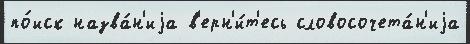
по́иск назва́н'иjа в'ерн'и́т'есь словосочета́н'иjа